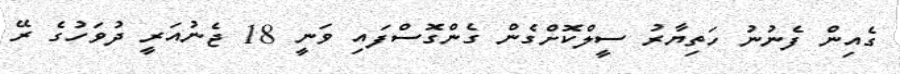
ގެއިން ފެނުނު ހަތިޔާރު ސީލްކޮށްގެން ގެންގޮސްފައި ވަނީ 18 ޖެނުއަރީ ދުވަހުގެ ރޭ